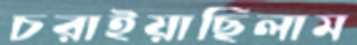
চরাইয়াছিলাম